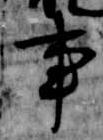
事